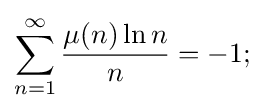
\sum \limits _{n=1}^{\infty }{\frac {\mu (n)\ln n}{n}}=-1;